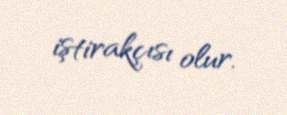
iştirakçısı olur.